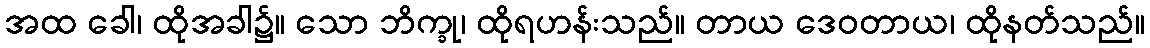
အထ ခေါ၊ ထိုအခါ၌။ သော ဘိက္ခု၊ ထိုရဟန်းသည်။ တာယ ဒေဝတာယ၊ ထိုနတ်သည်။